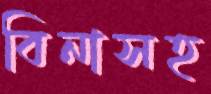
বিনাসহ